Vaccination in Bombay 1924-1928 - 1924-1928
Year: 1924
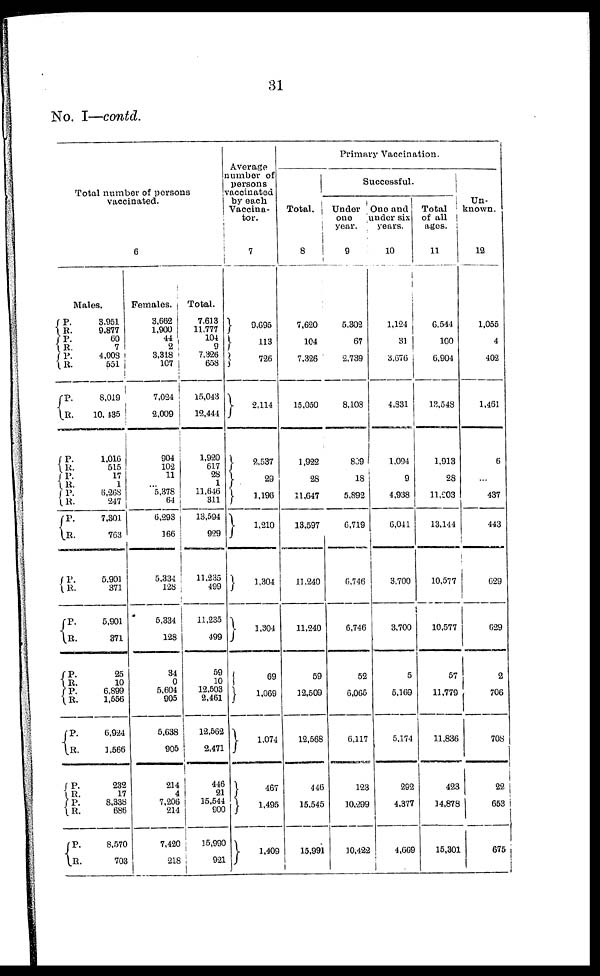
31
No. I—contd.
Total number of persons
vaccinated.
6
Males.
P.
R.
P.
R.
P.
R.
P.
R.
P.
R.
P.
R.
P.
R.
P.
R.
P.
R.
P.
R.
P.
R.
P.
R.
P.
R.
P.
R.
P. R.
P.
R.
3,951
9,877
60
7
4,008
551
8,019
10,435
1,016
515
17
1
6,268
247
7,301
763
5,901
371
5,901
371
25
10
6,899
1,556
6,924
1,566
232
17
8,338
686
8,570
703
Females.
3,662
1,900
44
2
3,318
107
7,024
2,009
904
102
11
... 5,378
64
6,293
166
5,334
128
5,334
128
34
0
5,604
905
5,638
905
214
4
7,206
214
7,420
218
Total.
7,613
11,777
104
9
7,326
658
15,043
12,444
1,920
617
28
1
11,646
311
13,594
929
11,235
499
11,235
499
59
10
12,503
2,461
12,562
2,471
446
21
15,544
900
15,990
921
Average
number of
persons
vaccinated
by each
Vaccina-
tor.
7
9,695
113
726
2,114
2,537
29
1,196
1,210
1,304
1,304
69
1,069
1,074
467
1,495
1,409
Primary Vaccination.
Total.
8
7,620
104
7,326
15,050
1,922
28
11,647
13,597
11,240
11,240
59
12,509
12,568
446
15,545
15,991
Successful.
Under
one
year.
9
5,302
67
2,739
8,108
809
18
5,892
6,719
6,746
6,746
52
6,065
6,117
123
10,299
10,422
One and
under six
years.
10
1,124
31
3,676
4,831
1,094
9
4,938
6,041
3,700
3,700
5
5,169
5,174
292
4,377
4,669
Total
of all
ages.
11
6,544
100
6,904
13,548
1,913
28
11,203
13,144
10,577
10,577
57
11,779
11,836
423
14,878
15,301
Un-
known.
12
1,055
4
402
1,461
6
...
437
443
629
629
2
706
708
22
653
675